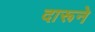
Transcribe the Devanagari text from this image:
दारूने